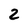
Character: 2